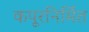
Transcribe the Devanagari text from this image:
कपूरनिर्मित